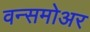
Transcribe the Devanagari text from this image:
वन्समोअर